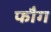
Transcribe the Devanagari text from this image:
फौग